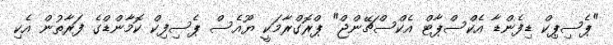
"ޕެސިޕިކް ޑިފެންޑާ އެކްސްޕާޓް އެކްސްޗޭންޖް" ޕްރޮގްރާމަކީ ޔޫއެސް ޕެސިފިކް ކޮމާންޑްގެ ފަރާތުން އެކި